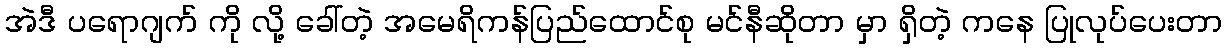
အဲဒီ ပရောဂျက် ကို လို့ ခေါ်တဲ့ အမေရိကန်ပြည်ထောင်စု မင်နီဆိုတာ မှာ ရှိတဲ့ ကနေ ပြုလုပ်ပေးတာ